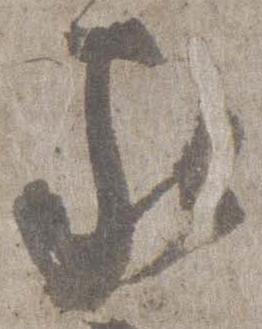
家